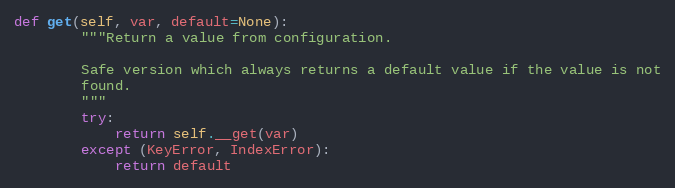
Language: Python
def get(self, var, default=None):
        """Return a value from configuration.

        Safe version which always returns a default value if the value is not
        found.
        """
        try:
            return self.__get(var)
        except (KeyError, IndexError):
            return default